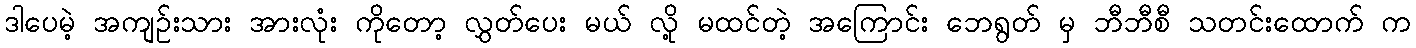
ဒါပေမဲ့ အကျဉ်းသား အားလုံး ကိုတော့ လွှတ်ပေး မယ် လို့ မထင်တဲ့ အကြောင်း ဘေရွတ် မှ ဘီဘီစီ သတင်းထောက် က